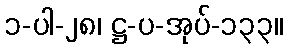
၁-ပါ-၂၈၊ ဋ္ဌ-ပ-အုပ်-၁၃၃။